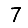
Digit: 7